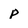
Character: p